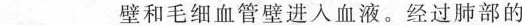
___壁和毛细血管壁进入血液。经过肺部的